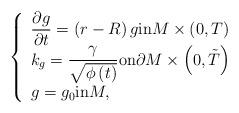
LaTeX: \begin{align*}\left\{\begin{array}{l}\dfrac{\partial g}{\partial t}=\left(r-R\right)g \mbox{in}M\times\left(0,T\right)\\k_g=\dfrac{\gamma}{\sqrt{\phi\left(t\right)}} \mbox{on}\partial M\times\left(0,\tilde{T}\right)\\g=g_0 \mbox{in}M,\end{array}\right.\end{align*}